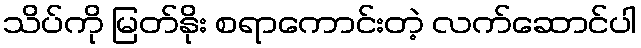
သိပ်ကို မြတ်နိုး စရာကောင်းတဲ့ လက်ဆောင်ပါ